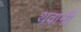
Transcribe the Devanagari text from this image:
थवानी